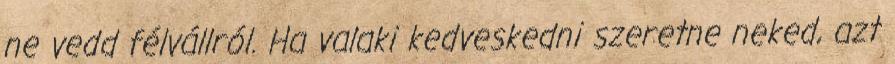
ne vedd félvállról. Ha valaki kedveskedni szeretne neked, azt